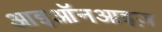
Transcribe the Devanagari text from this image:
आइऑनआइज़